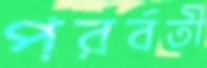
পরর্বতী